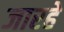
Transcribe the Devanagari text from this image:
जारहे